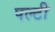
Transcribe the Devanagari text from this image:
पल्टी